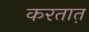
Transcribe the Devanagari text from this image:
करतात़